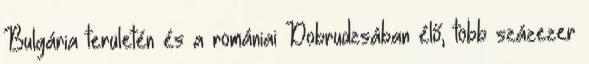
Bulgária területén és a romániai Dobrudzsában élő, több százezer